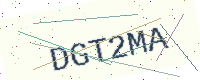
Text: DGT2MA